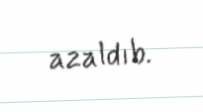
azaldıb.